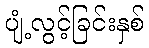
ပျံ့လွင့်ခြင်းနှစ်